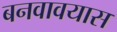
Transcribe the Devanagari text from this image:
बनवावयास